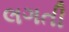
લગતી